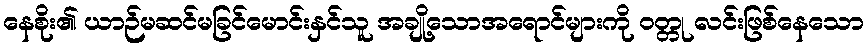
နေစိုး၏ ယာဉ်မဆင်မခြင်မောင်းနှင်သူ အချို့သောအရောင်များကို ဝတ္တု လင်းဖြစ်နေသော